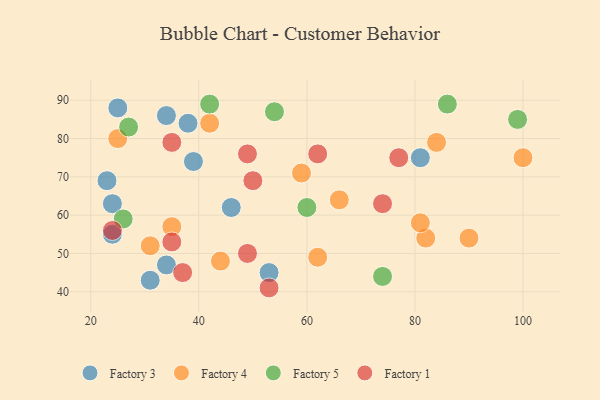
{"axis": {"x": "GDP", "y": "Life Expectancy"}, "legend": ["Factory 1", "Factory 3", "Factory 4", "Factory 5"], "data": [{"x": "38", "y": 84, "type": "Factory 3"}, {"x": "24", "y": 55, "type": "Factory 3"}, {"x": "34", "y": 86, "type": "Factory 3"}, {"x": "46", "y": 62, "type": "Factory 3"}, {"x": "25", "y": 88, "type": "Factory 3"}, {"x": "24", "y": 63, "type": "Factory 3"}, {"x": "53", "y": 45, "type": "Factory 3"}, {"x": "31", "y": 43, "type": "Factory 3"}, {"x": "23", "y": 69, "type": "Factory 3"}, {"x": "81", "y": 75, "type": "Factory 3"}, {"x": "39", "y": 74, "type": "Factory 3"}, {"x": "34", "y": 47, "type": "Factory 3"}, {"x": "42", "y": 84, "type": "Factory 4"}, {"x": "66", "y": 64, "type": "Factory 4"}, {"x": "62", "y": 49, "type": "Factory 4"}, {"x": "100", "y": 75, "type": "Factory 4"}, {"x": "84", "y": 79, "type": "Factory 4"}, {"x": "35", "y": 57, "type": "Factory 4"}, {"x": "59", "y": 71, "type": "Factory 4"}, {"x": "82", "y": 54, "type": "Factory 4"}, {"x": "25", "y": 80, "type": "Factory 4"}, {"x": "90", "y": 54, "type": "Factory 4"}, {"x": "81", "y": 58, "type": "Factory 4"}, {"x": "31", "y": 52, "type": "Factory 4"}, {"x": "44", "y": 48, "type": "Factory 4"}, {"x": "26", "y": 59, "type": "Factory 5"}, {"x": "54", "y": 87, "type": "Factory 5"}, {"x": "60", "y": 62, "type": "Factory 5"}, {"x": "74", "y": 44, "type": "Factory 5"}, {"x": "27", "y": 83, "type": "Factory 5"}, {"x": "86", "y": 89, "type": "Factory 5"}, {"x": "99", "y": 85, "type": "Factory 5"}, {"x": "42", "y": 89, "type": "Factory 5"}, {"x": "74", "y": 63, "type": "Factory 1"}, {"x": "35", "y": 79, "type": "Factory 1"}, {"x": "35", "y": 53, "type": "Factory 1"}, {"x": "24", "y": 56, "type": "Factory 1"}, {"x": "62", "y": 76, "type": "Factory 1"}, {"x": "49", "y": 50, "type": "Factory 1"}, {"x": "49", "y": 76, "type": "Factory 1"}, {"x": "37", "y": 45, "type": "Factory 1"}, {"x": "50", "y": 69, "type": "Factory 1"}, {"x": "53", "y": 41, "type": "Factory 1"}, {"x": "77", "y": 75, "type": "Factory 1"}]}